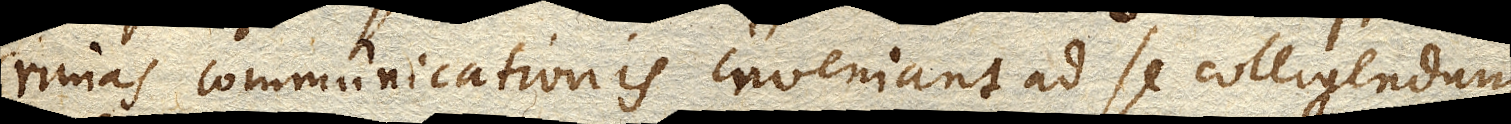
rimas communicationis inveniant ad se colligendum